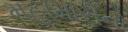
મહામારીનો